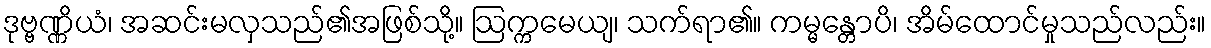
ဒုဗ္ဗဏ္ဏိယံ၊ အဆင်းမလှသည်၏အဖြစ်သို့။ ဩက္ကမေယျ၊ သက်ရာ၏။ ကမ္မန္တောပိ၊ အိမ်ထောင်မှုသည်လည်း။